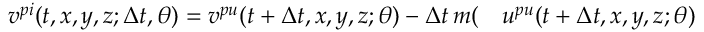
\begin{array} { r l } { v ^ { p i } ( t , x , y , z ; \Delta t , \theta ) = v ^ { p u } ( t + \Delta t , x , y , z ; \theta ) - \Delta t \, m ( } & { { } u ^ { p u } ( t + \Delta t , x , y , z ; \theta ) } \end{array}